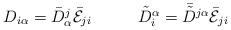
LaTeX: \begin{align*}\begin{array}{cc}D_{i\alpha}=\bar{D}^{j}_{\alpha}\bar{\cal E}_{ji}~~~&~~~\tilde{D}_{i}^{\alpha}=\bar{\tilde{D}}{}^{j\alpha}\bar{\cal E}_{ji}\end{array}\end{align*}